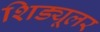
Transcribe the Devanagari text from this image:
शिड्यूलर